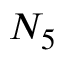
N _ { 5 }